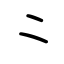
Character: ⺀